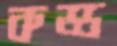
কড্ড